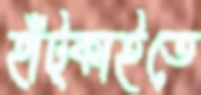
হাঁট্‌কাইতে